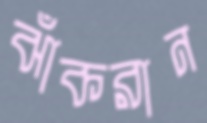
ঝাঁকরান